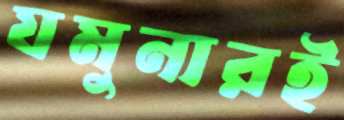
যমুনারই